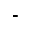
\bar { \; }